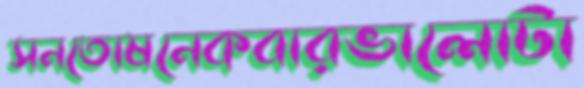
সনতোষনেকবারভালোটা